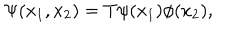
\Psi ( x _ { 1 } , x _ { 2 } ) = T \psi ( x _ { 1 } ) \phi ( x _ { 2 } ) ,